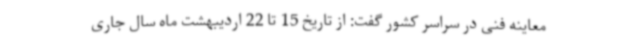
معاینه فنی در سراسر کشور گفت: از تاریخ 15 تا 22 اردیبهشت ماه سال جاری